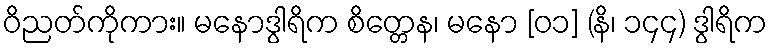
ဝိညတ်ကိုကား။ မနောဒွါရိက စိတ္တေန၊ မနော [၀၁] (နိ၊ ၁၄၄) ဒွါရိက